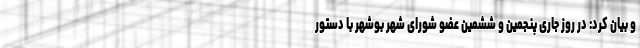
و بیان کرد: در روز جاری پنجمین و ششمین عضو شورای شهر بوشهر با دستور